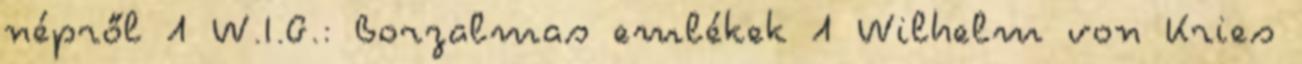
népről 1 W.I.G.: Borzalmas emlékek 1 Wilhelm von Kries